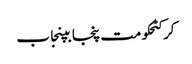
کرکٹحکومت پنجابپنجاب